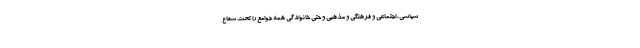
سیاسی، اجتماعی و فرهنگی و مذهبی و حتی خانوادگی همه جوامع را تحت شعاع